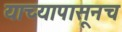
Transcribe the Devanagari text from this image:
याच्यापासूनच